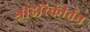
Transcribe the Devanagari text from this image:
श्रीहरिकीर्तन